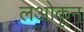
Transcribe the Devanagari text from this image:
लओकून